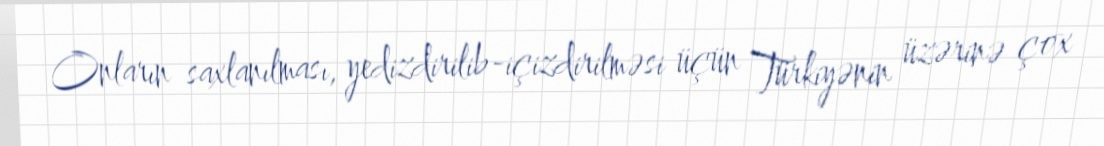
Onların saxlanılması, yedizdirilib-içizdirilməsi üçün Türkiyənin üzərinə çox